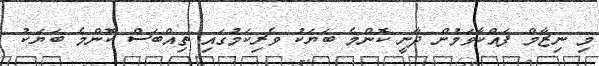
މި ނިޒާމް ފައްކާވަމުން ދާނީ ކޮންމެ ބަޔަކު ވެރިކަމުގައި ތިއްބަސް ކޮންމެ ބަޔަކު